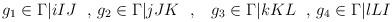
LaTeX: \begin{align*}g_1 \in \Gamma \vert{i}{I}{J} \ \ \mbox{, } g_2 \in \Gamma \vert{j}{J}{K} \ \ \mbox{, } \ \ g_3 \in \Gamma \vert{k}{K}{L} \ \ \mbox{, } g_4 \in \Gamma \vert{l}{L}{I} \ \ \end{align*}